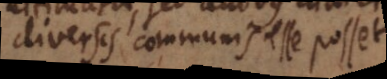
diversis communis esse posset.